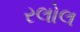
રલોલ